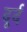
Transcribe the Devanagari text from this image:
दूर्द